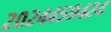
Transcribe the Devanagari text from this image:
२०२४४५९४२४